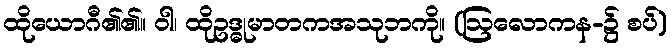
ထိုယောဂီ၏၏။ ဝါ၊ ထိုဥဒ္ဓုမာတကအသုဘကို။ (ဩလောကန-၌ စပ်)